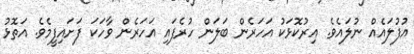
އުފުލައެއް ނުލައެވެ. އިރުކޮޅަކު އަހަރެން ބަލަން ހުރެފައި އަހަރެން ވާހަކަ ފަށައިފީމެވެ. އަތޮޅު